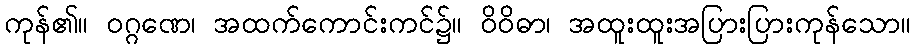
ကုန်၏။ ဝဂ္ဂဏေ၊ အထက်ကောင်းကင်၌။ ဝိဝိဓာ၊ အထူးထူးအပြားပြားကုန်သော။